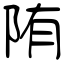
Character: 陏